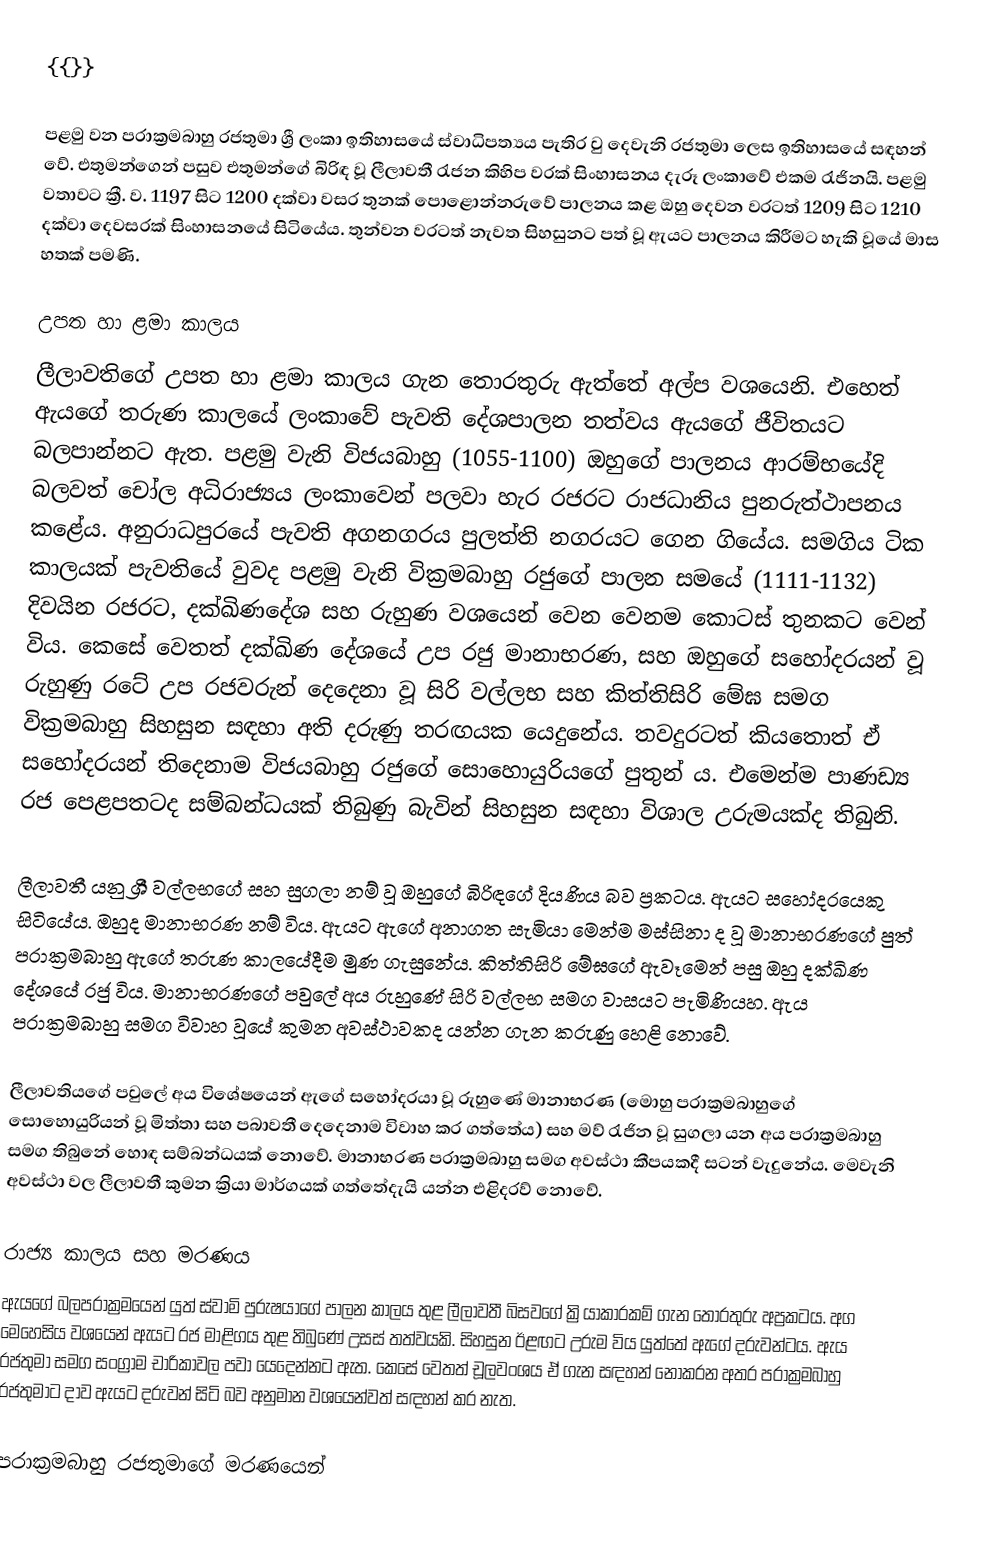
{{}}

පළමු වන පරාක්‍රමබාහු රජතුමා ශ්‍රී ලංකා ඉතිහාසයේ ස්වාධිපත්‍යය පැතිර වු දෙවැනි රජතුමා ලෙස ඉතිහාසයේ සඳහන් වේ. එතුමන්ගෙන් පසුව එතුමන්ගේ බිරිඳ වූ  ලීලාවතී රැජන කිහිප වරක් සිංහාසනය දැරූ ලංකාවේ එකම රැජිනයි.  පළමු වතාවට ක්‍රී.  ව.  1197 සිට 1200 දක්වා වසර තුනක් පොළොන්නරුවේ පාලනය කළ ඔහු දෙවන වරටත් 1209 සිට 1210 දක්වා දෙවසරක් සිංහාසනයේ සිටියේය.  තුන්වන වරටත් නැවත සිහසුනට පත් වූ ඇයට පාලනය කිරීමට හැකි වූයේ මාස හතක් පමණි.

උපත හා ළමා කාලය
ලීලාවතිගේ උපත හා ළමා කාලය ගැන තොරතුරු ඇත්තේ අල්ප වශයෙනි. එහෙත් ඇයගේ තරුණ කාලයේ ලංකාවේ පැවති දේශපාලන තත්වය ඇයගේ ජීවිතයට බලපාන්නට ඇත. පළමු වැනි විජයබාහු (1055-1100) ඔහුගේ පාලනය ආරම්භයේදි බලවත් චෝල අධිරාජ්‍යය ලංකාවෙන් පලවා හැර රජරට රාජධානිය පුනරුත්ථාපනය කළේය. අනුරාධපුරයේ පැවති අගනගරය පුලත්ති නගරයට ගෙන ගියේය. සමගිය ටික කාලයක් පැවතියේ වුවද පළමු වැනි වික්‍රමබාහු රජුගේ පාලන සමයේ (1111-1132) දිවයින රජරට, දක්ඛිණදේශ සහ රුහුණ වශයෙන් වෙන වෙනම කොටස් තුනකට වෙන් විය. කෙසේ වෙතත් දක්ඛිණ දේශයේ උප රජු මානාභරණ, සහ ඔහුගේ සහෝදරයන් වූ රුහුණු රටේ උප රජවරුන් දෙදෙනා වූ සිරි වල්ලභ සහ කිත්තිසිරි මේඝ සමග වික්‍රමබාහු සිහසුන සඳහා අති දරුණු තරඟයක යෙදු‍නේය. තවදුරටත් කියතොත් ඒ සහෝදරයන් තිදෙනාම විජයබාහු රජුගේ සොහොයුරියගේ පුතුන් ය. එමෙන්ම පාණඩ්‍ය රජ පෙළපතටද සම්බන්ධයක් තිබුණු බැවින් සිහසුන සඳහා විශාල උරුමයක්ද තිබුනි.

ලීලාවතී යනු ශ්‍රී වල්ලභගේ සහ සුගලා නම් වූ ඔහුගේ බිරිඳගේ දියණිය බව ප්‍රකටය. ඇයට සහෝදරයෙකු සිටියේය. ඔහුද මානාභරණ නම් විය. ඇයට ඇගේ අනාගත සැමියා මෙන්ම මස්සිනා ද වූ මානාභරණගේ පුත් පරාක්‍රමබාහු ඇගේ තරුණ කාලයේදීම මුණ ගැසුනේය. කිත්තිසිරි මේඝගේ ඇවෑමෙන් පසු ඔහු දක්ඛිණ දේශයේ රජු විය. මානාභරණගේ පවුලේ අය රුහුණේ සිරි වල්ලභ සමග වාසයට පැමිණියහ. ඇය පරාක්‍රමබාහු සමග විවාහ වූයේ කුමන අවස්ථාවකද යන්න ගැන කරුණු හෙළි නොවේ.

ලීලාවතියගේ පවුලේ අය විශේෂයෙන් ඇගේ සහෝදරයා වූ රුහුණේ මානාභරණ (මොහු පරාක්‍රමබාහුගේ සොහොයුරියන් වූ මිත්තා සහ පබාවතී දෙදෙනාම විවාහ කර ගත්තේය) සහ මව් රැජින වූ සුගලා යන අය පරාක්‍රමබාහු සමග තිබුනේ හොඳ සම්බන්ධයක් නොවේ. මානාභරණ පරාක්‍රමබාහු සමග අවස්ථා කීපයකදී සටන් වැදුනේය. මෙවැනි අවස්ථා වල ලීලාවතී කුමන ක්‍රියා මාර්ගයක් ගත්තේදැයි යන්න එළිදරව් නොවේ.

රාජ්‍ය කාලය සහ මරණය
ඇයගේ බලපරාක්‍රමයෙන් යුත් ස්වාමි පුරුෂයාගේ පාලන කාලය තුළ ලීලාවතී බිසවගේ ක්‍රියාකාරකම් ගැන තොරතුරු අප්‍රකටය. අග මෙහෙසිය වශයෙන් ඇයට රජ මාළිගය තුළ තිබුණේ උසස් තත්වයකි. සිහසුන ඊළඟට උරුම විය යුත්තේ ඇගේ දරුවන්ටය. ඇය රජතුමා සමග සංග්‍රාම චාරිකාවල පවා යෙදෙන්නට ඇත. කෙසේ වෙතත් චූලවංශය ඒ ගැන සඳහන් නොකරන අතර පරාක්‍රමබාහු රජතුමාට දාව ඇයට දරුවන් සිටි බව අනුමාන වශයෙන්වත්  සඳහන් කර නැත.

පරාක්‍රමබාහු රජතුමාගේ මරණයෙන්